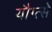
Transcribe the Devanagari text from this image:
यौग्त्से